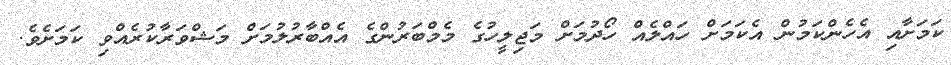
ކަމަށާއި އެހެންކަމުން އެކަމަށް ހައްލެއް ހޯދުމަށް މަޖިލީހުގެ މެމްބަރުންގެ އެއްބާރުލުމަށް މަޝްވަރާކުރެއްވި ކަމަށެވެ.